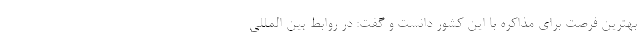
بهترین فرصت برای مذاکره با این کشور دانست و گفت: در روابط بین المللی